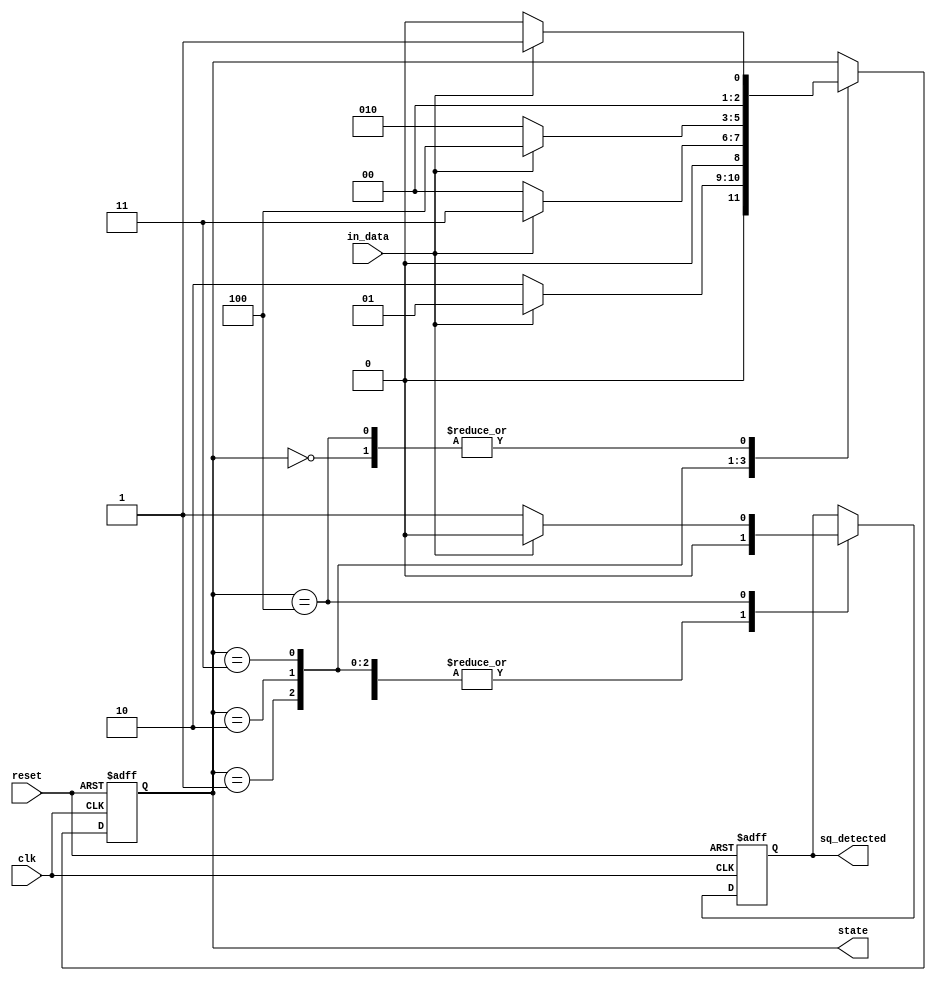

//non overlapping mealey
module detector_10110(
	input clk,reset,in_data,
	output reg sq_detected,
	output reg[2:0]state
	);

	parameter GOTNOTHING=3'b000,G1=3'b001,G10=3'b010,G101=3'b011,G1011=3'b100;

	always@(posedge clk,posedge reset)
	begin
		if(reset)
			begin
			sq_detected=0;
			state=GOTNOTHING;
			end
	else
	case(state)

			GOTNOTHING:
				if(in_data)
					begin	
					sq_detected=0;
					state=G1;
					end	
				else
					begin
					sq_detected=0;
					state=GOTNOTHING;
					end

			G1:
				if(in_data)
					begin	
					sq_detected=0;
					state=G1;
					end	
				else
					begin
					sq_detected=0;
					state=G10;
					end

			G10:

				if(in_data)
					begin	
					sq_detected=0;
					state=G101;
					end	
				else
					begin
					sq_detected=0;
					state=GOTNOTHING;
					end

			G101:
				if(in_data)
					begin	
					sq_detected=0;
					state=G1011;
					end	
				else
					begin
					sq_detected=0;
					state=G10;
					end

			G1011:
				if(in_data)
					begin	
					sq_detected=0;
					state=G1;
					end	
				else
					begin
					sq_detected=1;
					state=GOTNOTHING;
					end
	endcase
end
endmodule